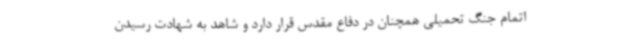
اتمام جنگ تحمیلی همچنان در دفاع مقدس قرار دارد و شاهد به شهادت رسیدن